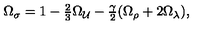
\Omega _ { \sigma } = 1 - \textstyle { \frac { 2 } { 3 } } \Omega _ { \cal U } - \textstyle { \frac { \gamma } { 2 } } ( \Omega _ { \rho } + 2 \Omega _ { \lambda } ) ,